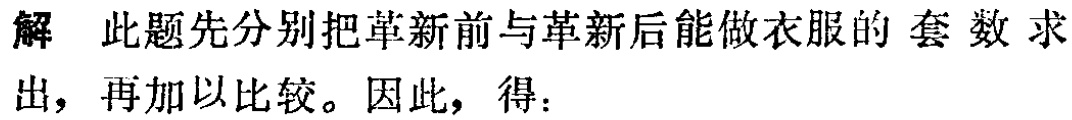
解 此题先分别把革新前与革新后能做衣服的 套 数 求出，再加以比较。因此，得：